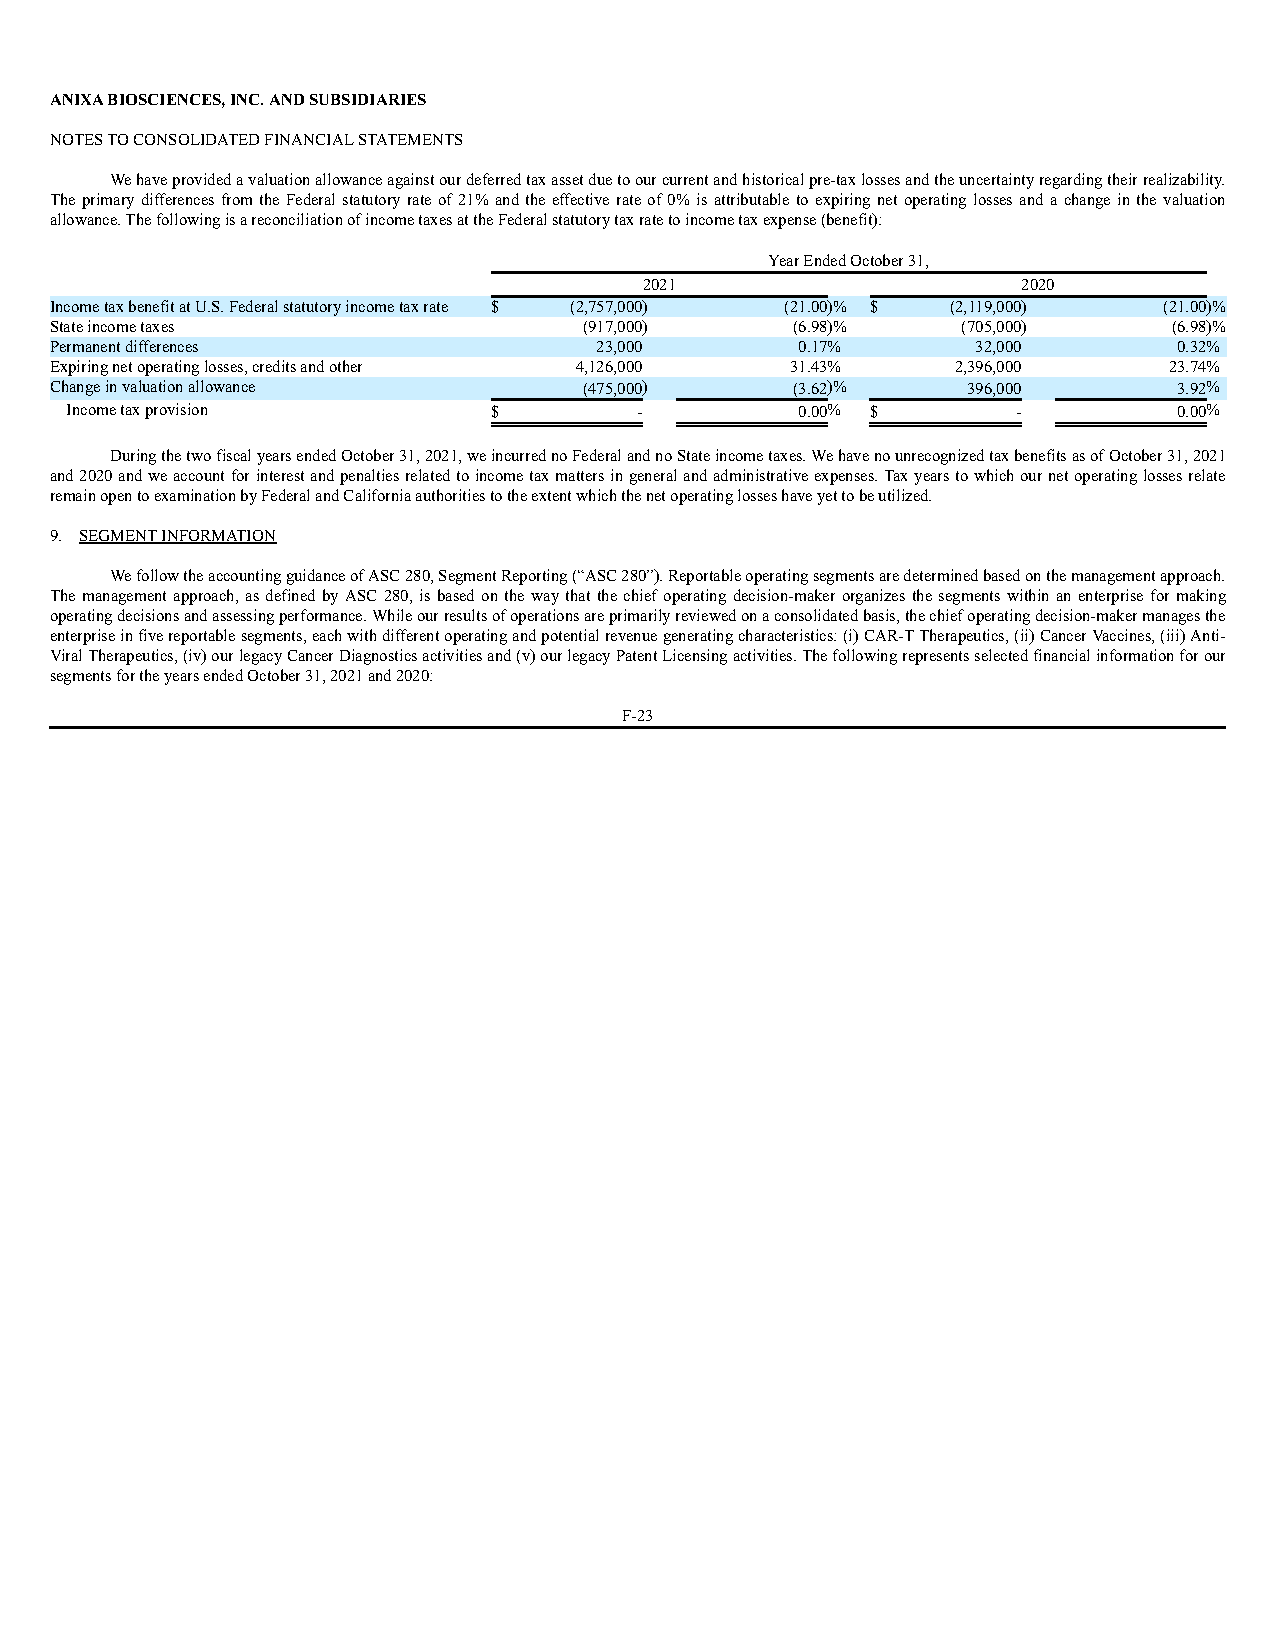
ANIXA BIOSCIENCES, INC. AND SUBSIDIARIES
 NOTES TO CONSOLIDATED FINANCIAL STATEMENTS
 We have provided a valuation allowance against our deferred tax asset due to our current and historical pre-tax losses and the uncertainty regarding their realizability.
 The primary differences from the Federal statutory rate of 21% and the effective rate of 0% is attributable to expiring net operating losses and a change in the valuation
 allowance. The following is a reconciliation of income taxes at the Federal statutory tax rate to income tax expense (benefit):
 Year Ended October 31,
 2021                     2020
 Income tax benefit at U.S. Federal statutory income tax rate $ (2,757,000) (21.00)% $ (2,119,000) (21.00)%
 State income taxes                  (917,000)    (6.98)%     (705,000)     (6.98)%
 Permanent differences               23,000        0.17%       32,000       0.32%
 Expiring net operating losses, credits and other 4,126,000 31.43% 2,396,000 23.74%
 Change in valuation allowance       (475,000)    (3.62)%     396,000       3.92%
 Income tax provision         $        -          0.00% $       -          0.00%
 During the two fiscal years ended October 31, 2021, we incurred no Federal and no State income taxes. We have no unrecognized tax benefits as of October 31, 2021
 and 2020 and we account for interest and penalties related to income tax matters in general and administrative expenses. Tax years to which our net operating losses relate
 remain open to examination by Federal and California authorities to the extent which the net operating losses have yet to be utilized.
 9. SEGMENT INFORMATION
 We follow the accounting guidance of ASC 280, Segment Reporting (“ASC 280”). Reportable operating segments are determined based on the management approach.
 The management approach, as defined by ASC 280, is based on the way that the chief operating decision-maker organizes the segments within an enterprise for making
 operating decisions and assessing performance. While our results of operations are primarily reviewed on a consolidated basis, the chief operating decision-maker manages the
 enterprise in five reportable segments, each with different operating and potential revenue generating characteristics: (i) CAR-T Therapeutics, (ii) Cancer Vaccines, (iii) Anti-
 Viral Therapeutics, (iv) our legacy Cancer Diagnostics activities and (v) our legacy Patent Licensing activities. The following represents selected financial information for our
 segments for the years ended October 31, 2021 and 2020:
 F-23